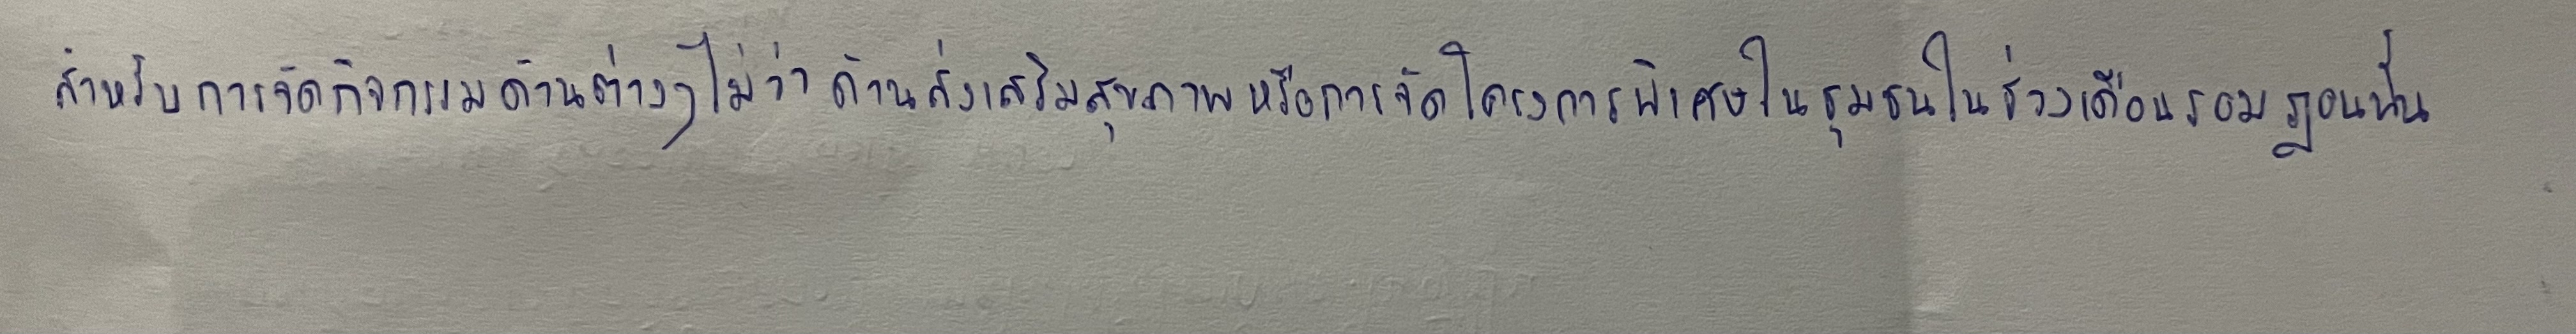
สำหรับการจัดกิจกรรมด้านต่างๆไม่ว่าด้านส่งเสริมสุขภาพหรือการจัดโครงการพิเศษในชุมชนในช่วงเดือนรอมฎอนนั้น